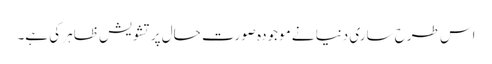
اس طرح ساری دنیا نے موجودہ صورتِ حال پر تشویش ظاہر کی ہے۔